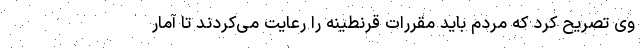
وی تصریح کرد که مردم باید مقررات قرنطینه را رعایت می‌کردند تا آمار